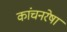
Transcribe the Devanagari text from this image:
कांचनरेषा